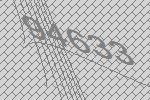
94633